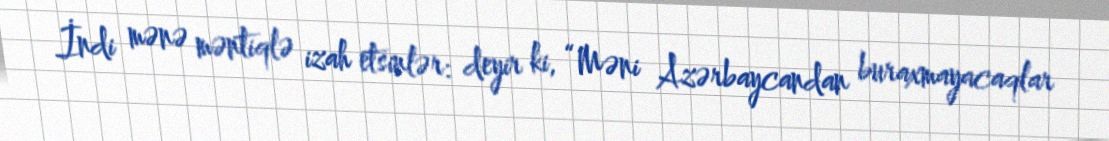
İndi mənə məntiqlə izah etsinlər: deyir ki, “Məni Azərbaycandan buraxmayacaqlar